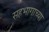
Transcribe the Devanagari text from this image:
सहभागाच्या